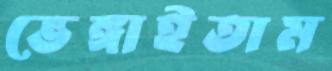
ভেঙ্গাইতাম